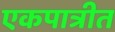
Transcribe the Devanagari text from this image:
एकपात्रीत